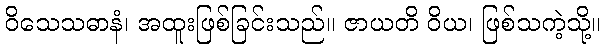
ဝိသေသဓာနံ၊ အထူးဖြစ်ခြင်းသည်။ ဇာယတိ ဝိယ၊ ဖြစ်သကဲ့သို့။